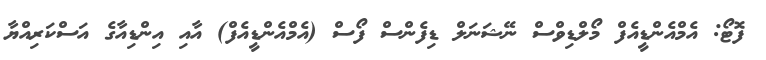
ފޮޓޯ: އެމްއެންޑީއެފް މޯލްޑިވްސް ނޭޝަނަލް ޑިފެންސް ފޯސް (އެމްއެންޑީއެފް) އާއި އިންޑިއާގެ އަސްކަރިއްޔާ